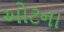
ઓટના